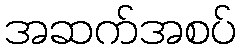
အဆက်အစပ်